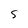
Character: 5